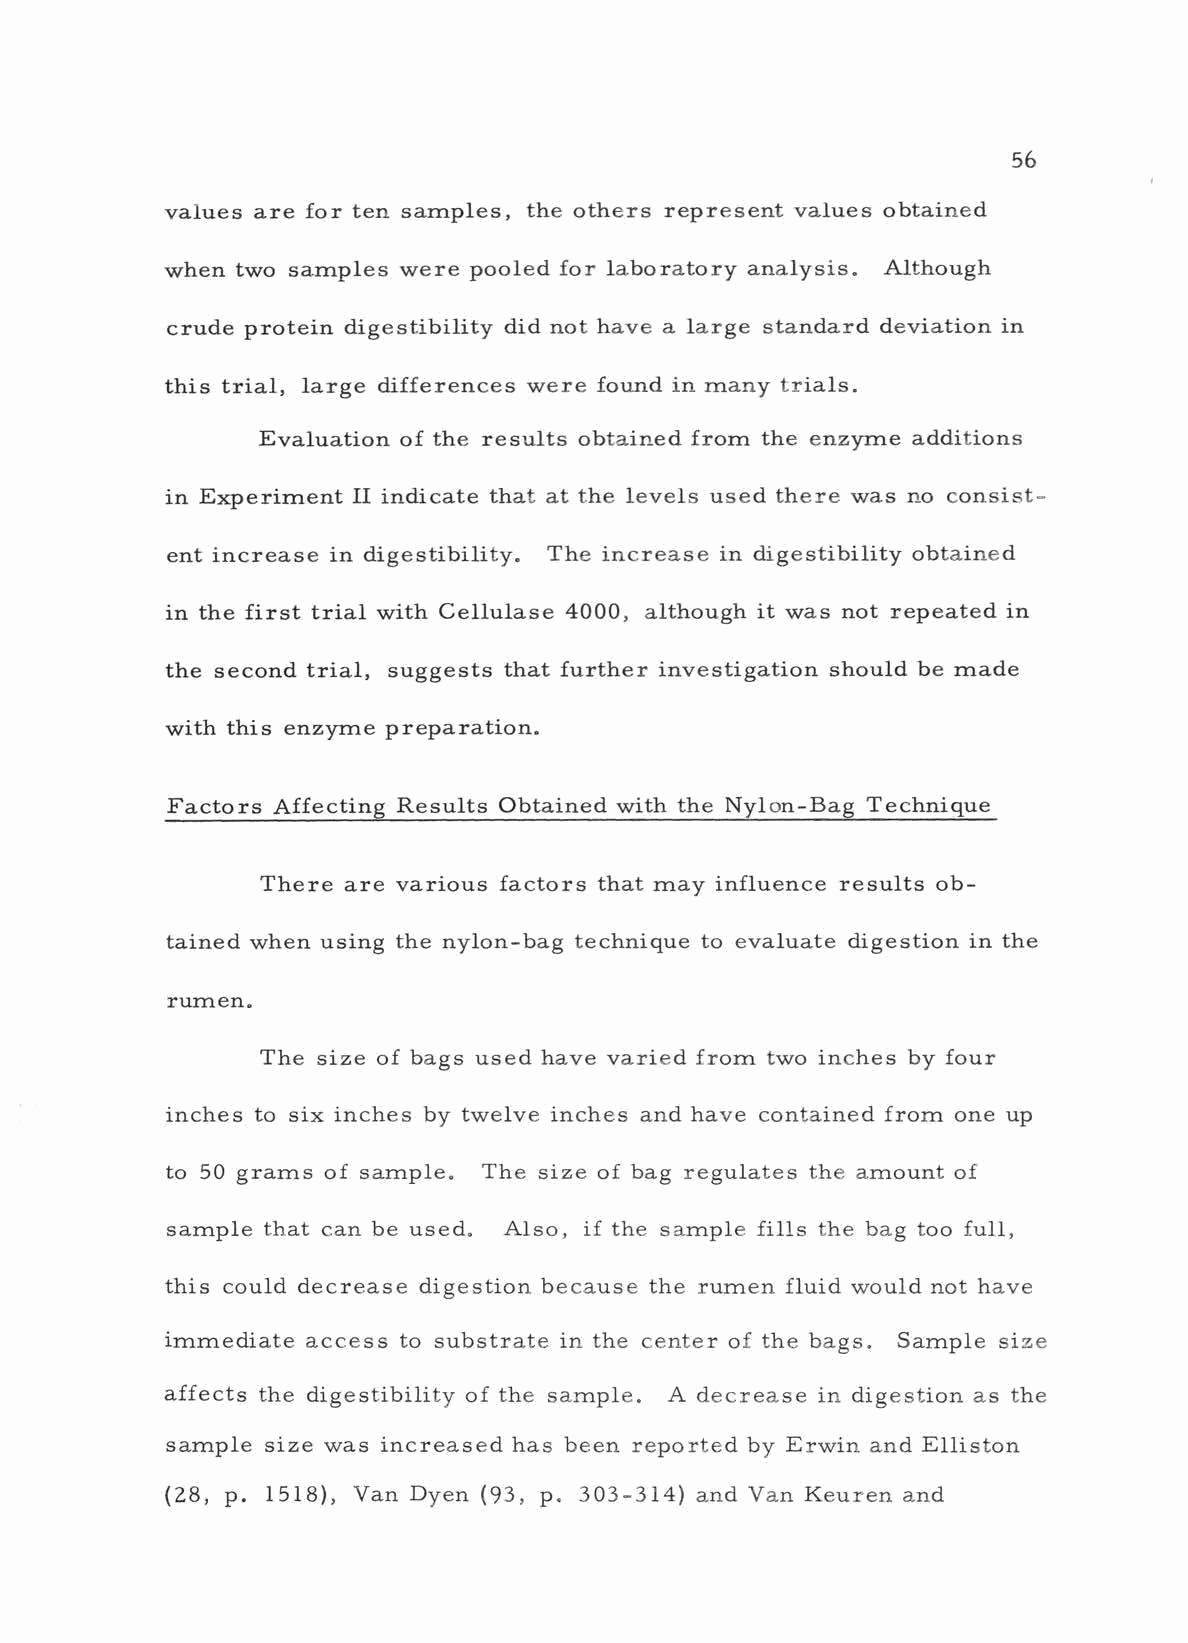
56
 values are for ten samples, the others represent values obtained
 when two samples were pooled for laboratory analysis. Although
 crude protein digestibility did not have a large standard deviation in
 this trial, large differences were found in many trials.
 Evaluation of the results obtained from the enzyme additions
 in Experiment II indicate that at the levels used there was no consist-
 ent increase in digestibility. The increase in digestibility obtained
 in the first trial with Cellulase 4000, although it was not repeated in
 the second trial, suggests that further investigation should be made
 with this enzyme preparation.
 Factors Affecting Results Obtained with the Nylon -Bag Technique
 There are various factors that may influence results ob-
 tained when using the nylon -bag technique to evaluate digestion in the
 rumen.
 The size of bags used have varied from two inches by four
 inches to six inches by twelve inches and have contained from one up
 to 50 grams of sample. The size of bag regulates the amount of
 sample that can be used. Also, if the sample fills the bag too full,
 this could decrease digestion because the rumen fluid would not have
 immediate access to substrate in the center of the bags. Sample size
 affects the digestibility of the sample. A decrease in digestion as the
 sample size was increased has been reported by Erwin and Elliston
 (28, p. 1518), Van Dyen (93, p. 303 -314) and Van Keuren and